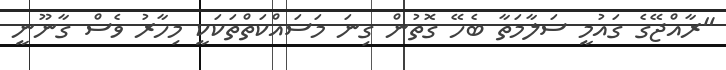
"ރާއްޖޭގެ ގައުމީ ސަލާމަތާ ބެހޭ ގޮތުން ގިނަ މަސައްކަތްތަކަކީ މިހާރު ވެސް ގާނޫނީ